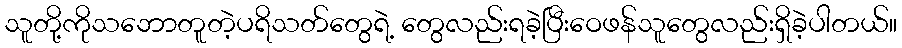
သူတို့ကိုသဘောတူတဲ့ပရိသတ်တွေရဲ့ တွေလည်းရခဲ့ပြီးဝေဖန်သူတွေလည်းရှိခဲ့ပါတယ်။